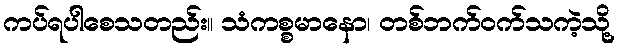
ကပ်ရပါစေသတည်း။ သံကစ္စမာနော၊ တစ်ဘက်ဝက်သကဲ့သို့